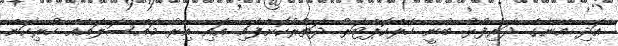
އަދި އޭނާގެ ދަރިފުޅު ބުނީ ހެލްކޮޕްޓަރު ދަތުރުކޮށްފައި އައި އިރު މައްސަލައެއް ހުރިކަން